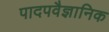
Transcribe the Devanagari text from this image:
पादपवैज्ञानिक